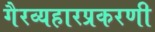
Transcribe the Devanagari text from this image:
गैरव्यहारप्रकरणी